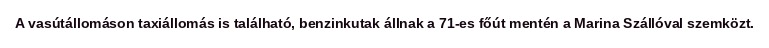
A vasútállomáson taxiállomás is található, benzinkutak állnak a 71-es főút mentén a Marina Szállóval szemközt.